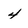
Character: 4